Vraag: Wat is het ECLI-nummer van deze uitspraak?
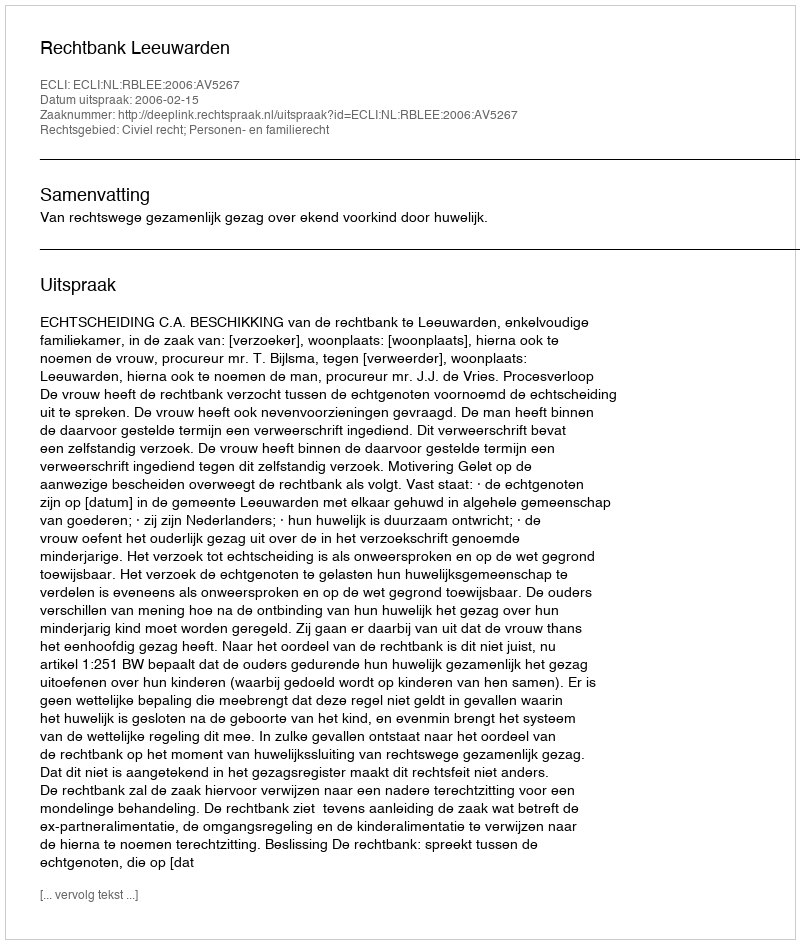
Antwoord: ECLI:NL:RBLEE:2006:AV5267